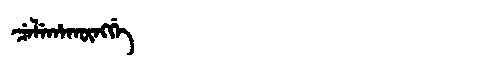
Manchu: ᠴᡝᠯᡝᡥᠠᡴᡡᠩᡤᡝ
Romanization: CELEHAKŪNGGE